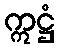
ဣဋ္ဌံ